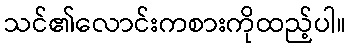
သင်၏လောင်းကစားကိုထည့်ပါ။